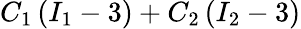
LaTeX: C_{1}\left(I_{1}-3\right)+C_{2}\left(I_{2}-3\right)